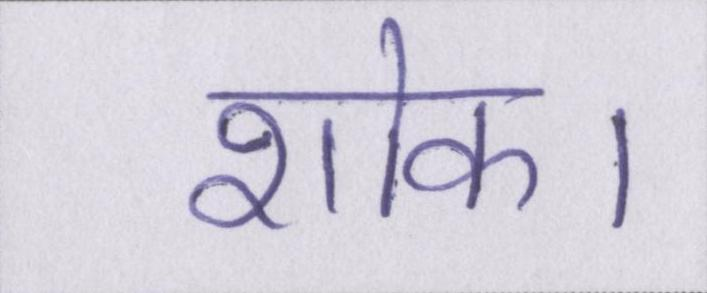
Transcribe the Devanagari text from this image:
शोक।